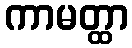
ကာမတ္ထာ